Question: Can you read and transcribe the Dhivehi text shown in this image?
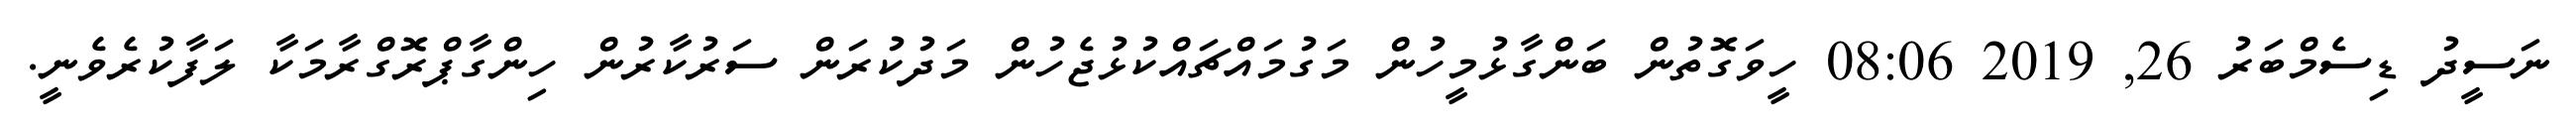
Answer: ނަސީދު ޑިސެމްބަރު 26, 2019 08:06 ހީވަގޮތުން ބަންގާޅުމީހުން މަގުމައްޗައްކުޅުޖެހުން މަދުކުރަން ސަރުކާރުން ހިންގާޕްރޮގްރާމަކާ ލަފާކުރެވެނީ.